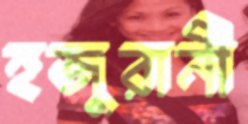
হজুরানী